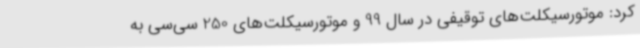
کرد: موتورسیکلت‌های توقیفی در سال 99 و موتورسیکلت‌های 250 سی‌سی به